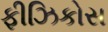
ફીઝિકોસ